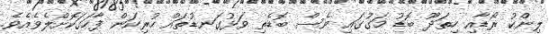
ލިންކު ރޯޑާއި ހިތަދޫ ބޮޑު މަގުގައި ވެސް ބޮޑެތި ވަޅުގަނޑުތައް ހުރިކަން ފާހަގަކޮށްލެވެއެވެ.